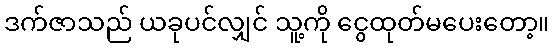
ဒက်ဇာသည် ယခုပင်လျှင် သူ့ကို ငွေထုတ်မပေးတော့။